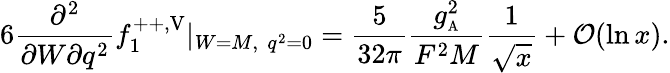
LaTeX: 6\frac{\partial^{2}}{\partial W\partial q^{2}}f_{1}^{++,\mathrm{V}}|_{W=M,\, \, q^{2}=0}=\frac{5}{32\pi}\frac{g_{\mathrm{\scriptscriptstyle A}}^{2}}{F^{2}M}\frac{1}{\sqrt{x}}+{\cal O}({\ln x}).